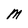
Character: M